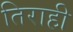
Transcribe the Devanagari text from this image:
तिराही